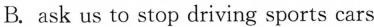
B. ask us to stop driving sports cars